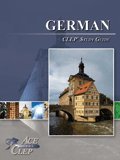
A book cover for CLEP German Study Guide; Ace The CLEP; Test Preparation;